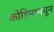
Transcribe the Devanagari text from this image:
कोहिमामधून